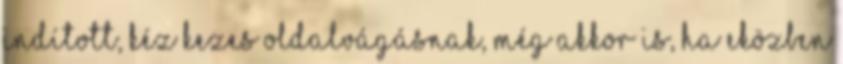
indított, kéz kezes oldalvágásnak, még akkor is, ha eközben